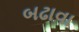
બઢાવા